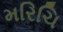
મરિચિ